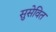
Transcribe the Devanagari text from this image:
सुसेवित